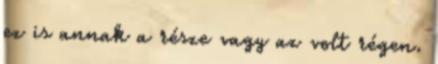
ez is annak a része vagy az volt régen.